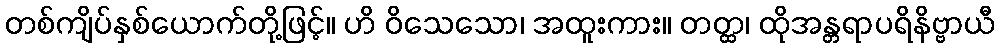
တစ်ကျိပ်နှစ်ယောက်တို့ဖြင့်။ ဟိ ဝိသေသော၊ အထူးကား။ တတ္ထ၊ ထိုအန္တရာပရိနိဗ္ဗာယီ